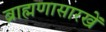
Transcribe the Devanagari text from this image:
ब्राह्मणासारखें